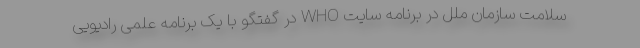
سلامت سازمان ملل در برنامه سایت WHO در گفتگو با یک برنامه علمی رادیویی